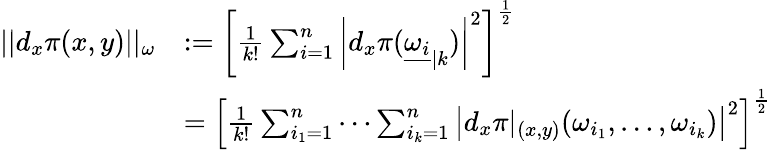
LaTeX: \begin{array}{rl}{||d_{x}\pi(x,y)||_{\omega}}&{:=\left[\frac{1}{k!}\sum_{i=1}^{n}\left|d_{x}\pi({\underline{{\omega_{i}}}}_{|k})\right|^{2}\right]^{\frac{1}{2}}}\\ &{=\left[\frac{1}{k!}\sum_{i_{1}=1}^{n}\cdots\sum_{i_{k}=1}^{n}\left|d_{x}\pi|_{(x,y)}(\omega_{i_{1}},\ldots,\omega_{i_{k}})\right|^{2}\right]^{\frac{1}{2}}}\end{array}